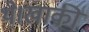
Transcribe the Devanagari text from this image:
थे।खाकी